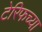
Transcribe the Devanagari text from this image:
टेरिफच्या